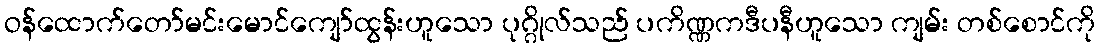
ဝန်ထောက်တော်မင်းမောင်ကျော်ထွန်းဟူသော ပုဂ္ဂိုလ်သည် ပကိဏ္ဏကဒီပနီဟူသော ကျမ်း တစ်စောင်ကို